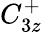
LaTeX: C_{3z}^{+}